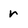
Character: r